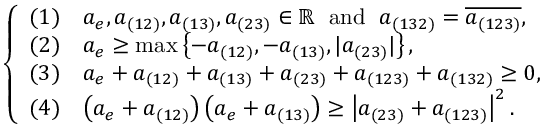
\left\{ \begin{array} { l l } { ( 1 ) } & { a _ { e } , a _ { ( 1 2 ) } , a _ { ( 1 3 ) } , a _ { ( 2 3 ) } \in \mathbb { R } \; \mathrm { ~ a n d ~ } \; a _ { ( 1 3 2 ) } = \overline { { a _ { ( 1 2 3 ) } } } , } \\ { ( 2 ) } & { a _ { e } \ge \operatorname* { m a x } \left\{ - a _ { ( 1 2 ) } , - a _ { ( 1 3 ) } , | a _ { ( 2 3 ) } | \right\} , } \\ { ( 3 ) } & { a _ { e } + a _ { ( 1 2 ) } + a _ { ( 1 3 ) } + a _ { ( 2 3 ) } + a _ { ( 1 2 3 ) } + a _ { ( 1 3 2 ) } \ge 0 , } \\ { ( 4 ) } & { \left( a _ { e } + a _ { ( 1 2 ) } \right) \left( a _ { e } + a _ { ( 1 3 ) } \right) \geq \left| a _ { ( 2 3 ) } + a _ { ( 1 2 3 ) } \right| ^ { 2 } . } \end{array} \right.